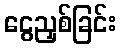
ငွေညှစ်ခြင်း